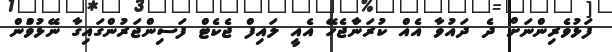
ފަޅުވެރިންނަށް ދެ ދައުވާ އެއް ކުރަންާޖެހޭ އެއީ ލައިފް ޖެކެޓް ފަސިންޖަރުންގައިގާ ނޭޅުވުްން